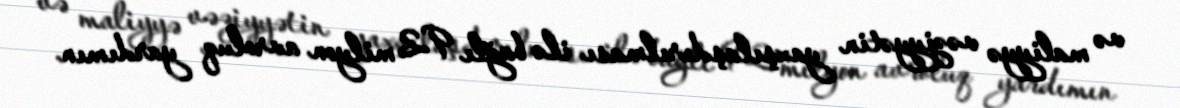
və maliyyə vəziyyətin yaxşılaşdırılması ilə bağlı 92 milyon avroluq yardımın